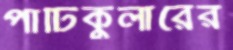
পার্টিকুলারের